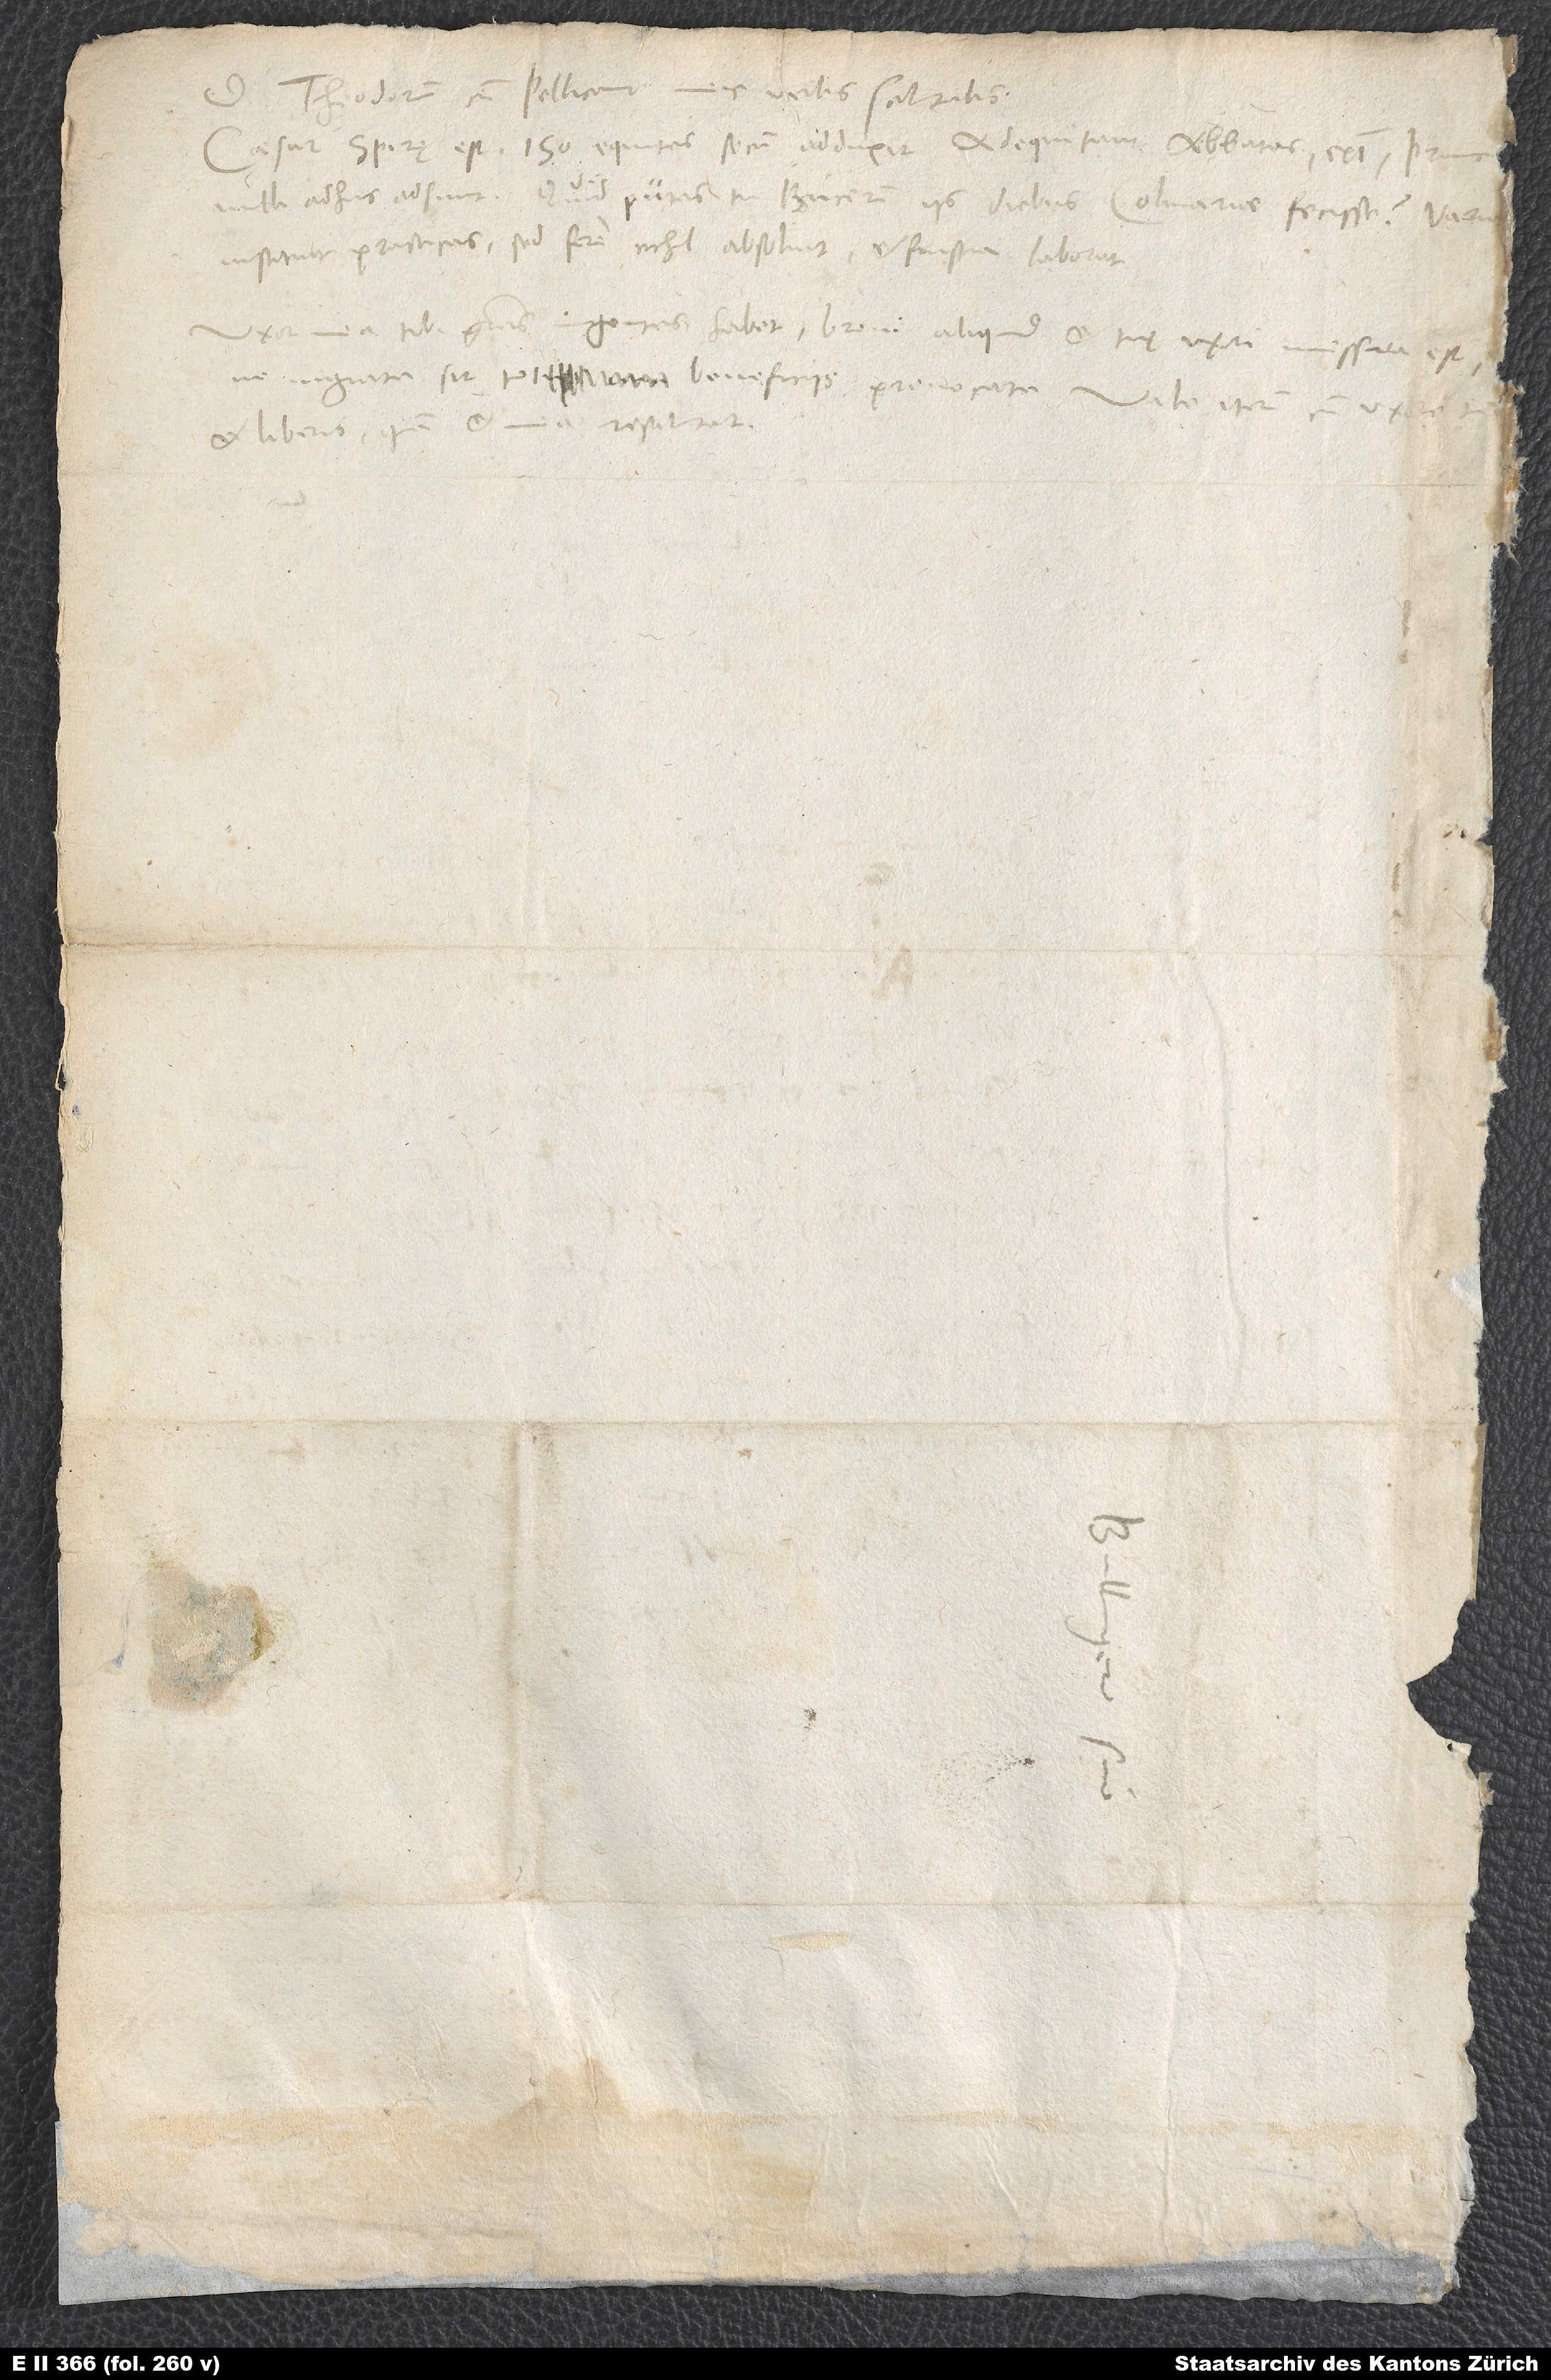
D. Theodorum cum Pellicano meis verbis salutabis.
Caesar Spirę est. 150 equites secum adduxit. Adequitant abbates, episcopi; princ
instituit practicas, sed fere nihil absolvit et frustra laborat.
Uxor mea tibi gratias ingentes habet; brevi aliquid et tuę uxori missura est,
et liberis, quam et mea resalutat.